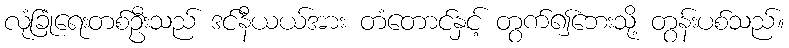
လုံခြုံရေးတစ်ဦးသည် ဒင်နီယယ်အား တံတောင်နှင့် တွက်၍ဘေးသို့ တွန်းပစ်သည်။